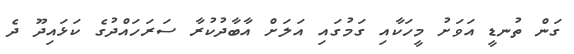
ގަން ތުނޑީ އަވަށު މީހަކާއި ގަމުގައި އަލަށް އާބާދުކުރާ ސަރަހައްދުގެ ކަޅައިދޫ ދެ